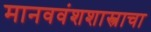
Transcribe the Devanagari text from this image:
मानववंशशास्त्राचा